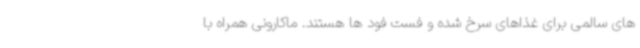
های سالمی برای غذاهای سرخ شده و فست فود ها هستند. ماکارونی همراه با